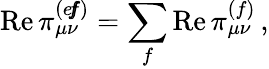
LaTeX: \mathrm{Re}\, \pi_{\mu\nu}^{(e\! f\! \! f)}=\sum_{f}\mathrm{Re}\, \pi_{\mu\nu}^{(f)}\, ,